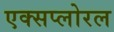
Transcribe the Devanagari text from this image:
एक्सप्लोरल